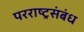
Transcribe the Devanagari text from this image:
परराष्ट्रसंबंध